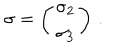
LaTeX: \mathbf { \sigma } = \left( \begin{array} { c } { { \sigma _ { 2 } } } \\ { { \sigma _ { 3 } } } \\ \end{array} \right) \, .